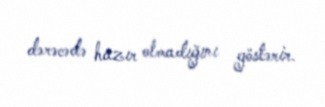
dərəcədə hazır olmadığını göstərir.